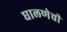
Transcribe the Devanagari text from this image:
घालणेची